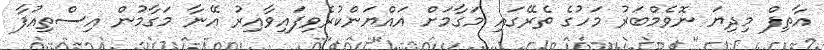
އާތިފް މިދިޔަ ނޮވެމްބަރު މަހުގެ ތެރޭގައި މަގާމަށް އައްޔަންކުރެވިފައިވާއިރު އޭނާ މަގާމުން އިސްތިއުފާ